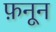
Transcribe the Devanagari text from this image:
फ़नून